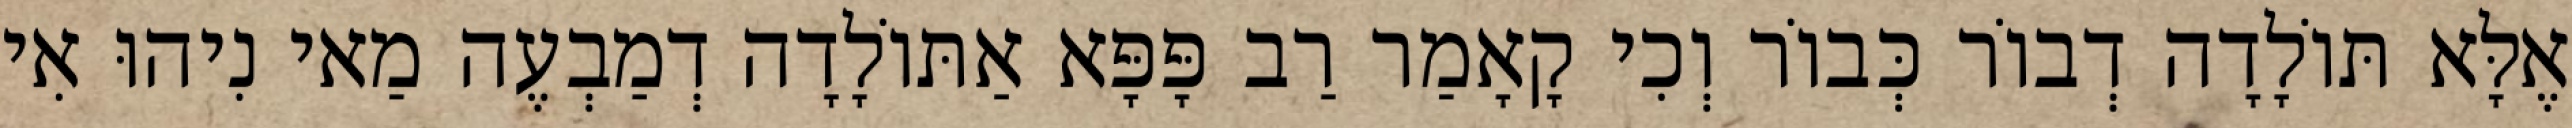
אֶלָּא תּוֹלָדָה דְבוֹר כְּבוֹר וְכִי קָאָמַר רַב פָּפָּא אַתּוֹלָדָה דְמַבְעֶה מַאי נִיהוּ אִי